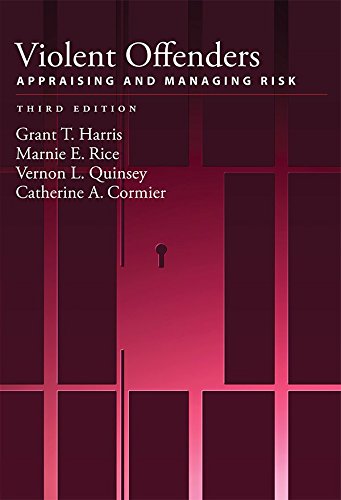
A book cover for Violent Offenders: Appraising and Managing Risk (Law and Public Policy/Psychology and the Social Sciences. Se); Grant T. Harris; Medical Books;